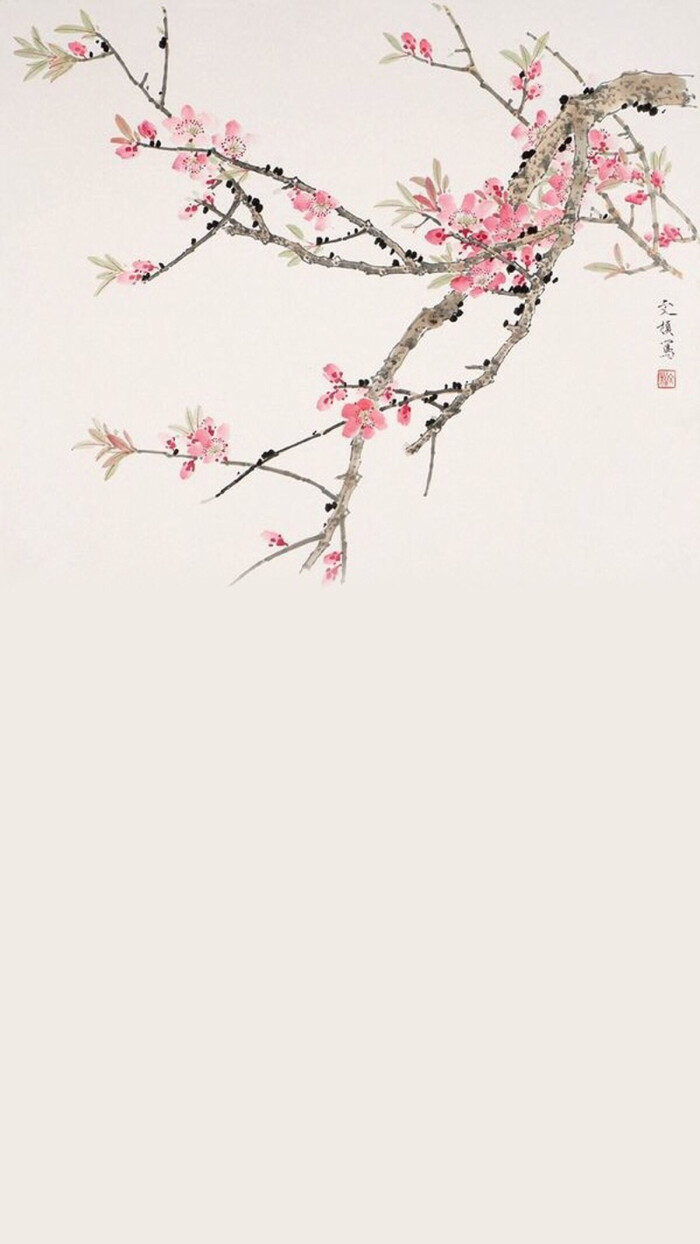
长恨去年今夜雨，洒离亭。